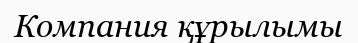
Компания құрылымы